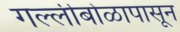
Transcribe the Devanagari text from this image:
गल्लीबोळापासून